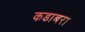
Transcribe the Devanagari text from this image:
कडाबरा